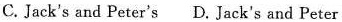
C. Jack's and Peter's D. Jack's and Peter